Statistical return of the lunatic asylum in Assam - 1912-1932
Year: 1912
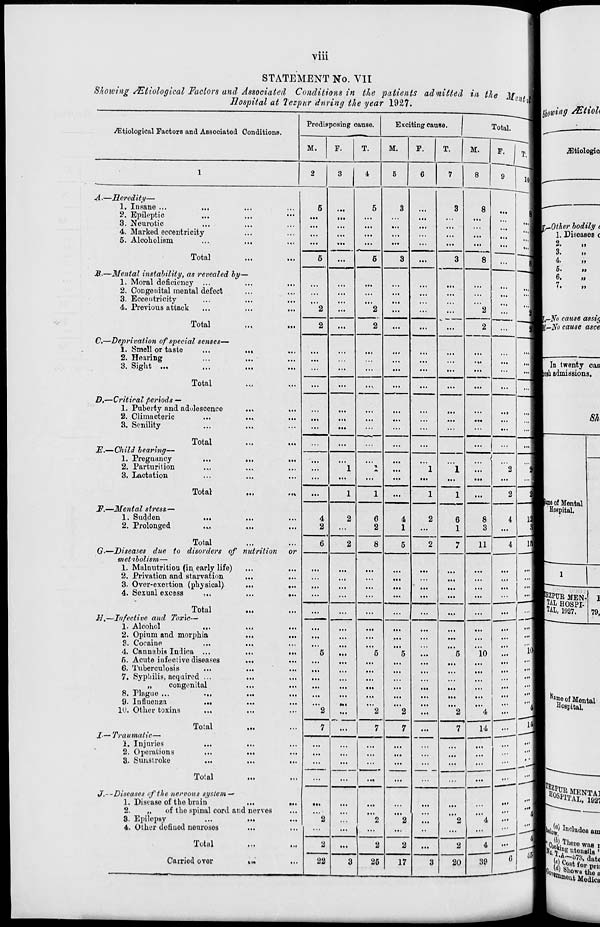
"Vlll
STATEMENT No. VII
Showing /Etiological Factors and Associated Conditions in the patients admitted in the Mot
Hospital at Tezpur during the year 1927.
/Etiological Factors and Associated Conditions.
Prodisposing cause.
Exciting cause.
Total.
M.
F.
T.
M.
F.
T.
M.
F. I
9
T. ji
1
2
3
4
5
6
7
8
301
A.—Heredity—
1. Insane ...
2. Epileptic
3. Neurotic
4. Marked eccentricity
5. Alcoholism
...
• ••.
...
...
••1
nutrition
...
...
...
id nerves
rri
or
•••
5
■ •>
5
3
...
3
8
'"■
Total
6
...
5
3
3
8
...
M-—Mental instability, as revealed by
1. Moral deficiency ...
2. Congenital mental defect
3. Eccentricity
4. Previous attack
'"2
...
"2
2
...
...
"2
...
:::■
Total
2
...
...
...
2
€.—Deprivation of special senses—
1. Smell or taste
2. Hearing
3. Sight ...
...
...
...
...
...
...
...
"1
Total
...
...
'
...
...
...
'"1
D,—Critical periods —
1. Puberty and adolescence
2. Climacteric
3. Senility
...
...
...
...
...
...
1
Total
JE.— Child bearing—
1. Pregnancy
...
2. Parturition
3. Lactation
...
...
...
...
...
... | ...
...1
...
1
*
...
"l
1
1
)
"2
■ J
Total
...
1
1
...
1
8
3
2
F.—Mental stress—
1. Sudden
...
2. Prolonged
4
2
2
6
2
4
1
2
6
1
4
d
3
Total
G-—Diseases due to disorders of
metibolism—
1. Malnutrition (in early life)
2. Privation and starvation
3. Over-exertion (physical)
4. Sexual excess
: ..
6
2
8
5
2
1
11
4
i3
...
...
...
...
...
...
...
...
Total
H,—Infective and Toxic—
1. Alcohol
2. Opium and morphia
3. Cocaine
4. Cann&bia Inclica ...
6. Acute infective diseases
6. Tuberculosis
7. Syphilis, acquired ...
„
congenital
8. Plague ...
9. Influenza
...
10. Other toxins
...
...
...
...
....
...
HI
C
"fi
"2
Ml
"5
"'2
"5
"2
"5
"*2
"io
"'4
14
"i
Total
I—Traumatic—
1. Injuries
2. Operations
3. Sunstroke
7
7
7
—
7
u
E
-— •
...
"4
4
39
• •
Total
...
...
"'
J.-~Diseases of the nervous system-'
1. Disease of the brain
2.
„
of the spinal cord a
8. Epilepsy
4. Other defined neuroses
•1.
'"2
...
"2
"*2
...
"'2
»«»
Total
2
...
2
2
...
2
u
Carried over
22
3
25
17
3
20
0
.Other bodily 1
1. Diseases c